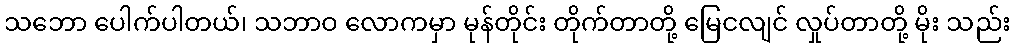
သဘော ပေါက်ပါတယ်၊ သဘာဝ လောကမှာ မုန်တိုင်း တိုက်တာတို့ မြေငလျင် လှုပ်တာတို့ မိုး သည်း